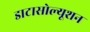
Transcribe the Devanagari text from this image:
डाटासोल्यूशन